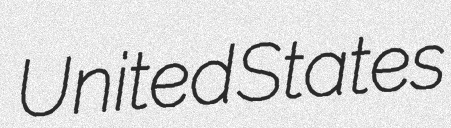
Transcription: United States